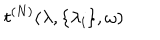
t ^ { ( N ) } ( \lambda , \{ \lambda _ { i } \} , \omega )